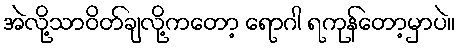
အဲလို့သာဝိတ်ချလို့ကတော့ ရောဂါ ရကုန်တော့မှာပဲ။